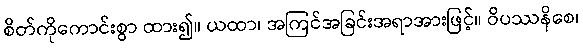
စိတ်ကိုကောင်းစွာ ထား၍။ ယထာ၊ အကြင်အခြင်းအရာအားဖြင့်။ ဝိပဿနိစေ၊